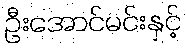
ဦးအောင်မင်းနှင့်